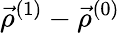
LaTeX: \vec{\rho}^{(1)}-\vec{\rho}^{(0)}